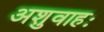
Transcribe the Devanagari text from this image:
अशुवाहः